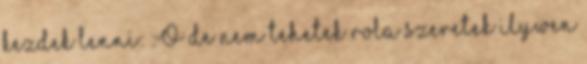
kezdek lenni: :O de nem tehetek rola szeretek ilywen